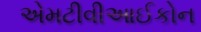
એમટીવીઆઈકોન